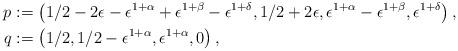
LaTeX: \begin{align*}p & := \left(1/2 - 2\epsilon - \epsilon^{1 + \alpha} + \epsilon^{1 + \beta} - \epsilon^{1 + \delta}, 1/2 + 2\epsilon, \epsilon^{1 + \alpha} - \epsilon^{1 + \beta}, \epsilon^{1 + \delta}\right), \\q & := \left(1/2,1/2- \epsilon^{1 + \alpha}, \epsilon^{1 + \alpha}, 0\right),\end{align*}